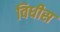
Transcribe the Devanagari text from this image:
विधीस